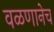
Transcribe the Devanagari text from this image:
वळणानेच